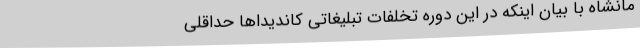
مانشاه با بیان اینکه در این دوره تخلفات تبلیغاتی کاندیداها حداقلی